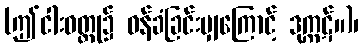
(ဤငါးဝတ္ထု၌ ဝန်ခံခြင်းမျှကြောင့် ဒုက္ကဋ်။)၊